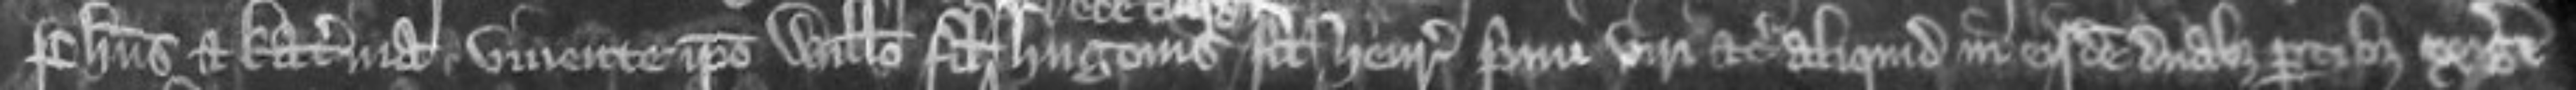
Phillipus et Katerina vivente ipso Willelmo filio Hugonis filii Henrici primi viri etc aliquid in eisdem duabus partibus exigere